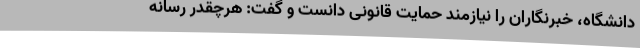
دانشگاه، خبرنگاران را نیازمند حمایت قانونی دانست و گفت: هرچقدر رسانه